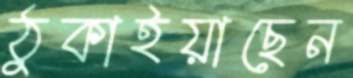
ঠুকাইয়াছেন